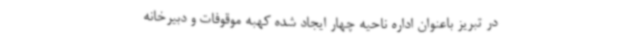
در تبریز باعنوان اداره ناحیه چهار ایجاد شده کهبه موقوفات و دبیرخانه